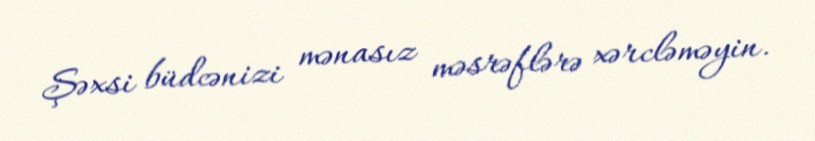
Şəxsi büdcənizi mənasız məsrəflərə xərcləməyin.